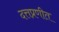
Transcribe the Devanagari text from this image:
दत्तप्रणीत